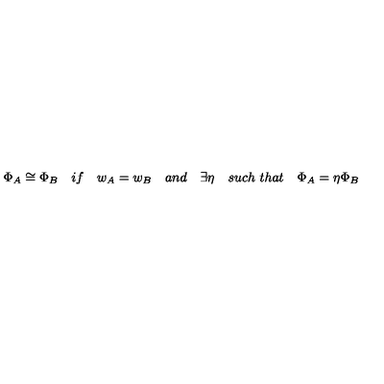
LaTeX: \Phi _ { A } \cong \Phi _ { B } \quad i f \quad w _ { A } = w _ { B } \quad a n d \quad \exists \eta \quad s u c h \ t h a t \quad \Phi _ { A } = \eta \Phi _ { B }